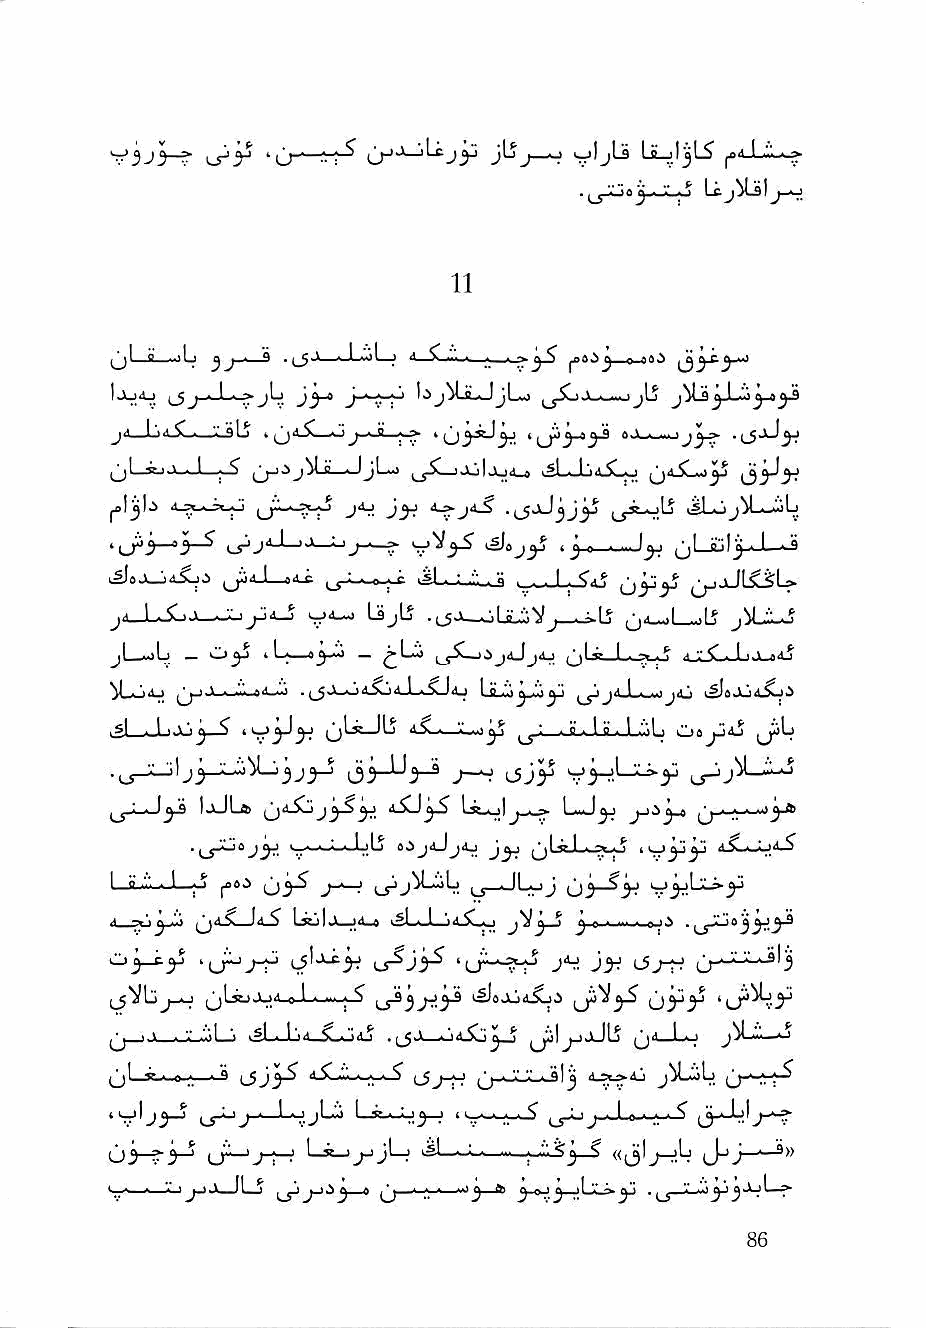
o           poi-Li^
 V3J3-?-   •(
 (^1 a ..ilj jj n *< •(_5-^—iJ_i>)L-j ^^ -■ « _ii_i_-«^
 IjoAj iJj-J—>jLj j'^ J-'-t-H J^U-JjLd Ji—w*ujIj j^Ls
 j^Lk_JjL^ u^_jJoIjj4_» kSLJjiS^j y i33^3^
 poljj).!        jAj                   iSLo   Lj
 'U^3~^3~^ t.pj''-'^'* ' 'j''~?' V^3^ '^"J^ < j 0 I^ ^j!_ajl^-J—k-S
 <^  .: ,.M.^ ._ . . I - j_yjJl£sL>
 oyi4-5  . UjL5                   jiU_J
 jL—jLj _  11 I                  I     -1 ■ I '■'
 V_ijiij                  I ii    ji_L._Mjjiii
 si . I I.>'|J "C jjLsJlj iS. . v..,}^ ^ : ■ e ■ 1 fl ■ I .aI , 1^8jj4j
 IaJLs             Iv_ol J-/-S' L—J^ ^^.,11, . ^y&
 I—a . J—o ja60 (j^ j-^ (jj ,_j—JLyJ
 •* 7^'J -■' lj8j| > M a i?l ■ 1 \iS.M ^ e,> ■I...0.O
 cj^y  'ij^^       Ls^Ji^ '(jr-'-?i^ j^ 1-5j-r? (>*-^^^'3
 ijVbj-o                                 'Lf'^y
 ^ . 1 . •; .'.'il 'i |Sl_._Lj4 5Lo<i3 . Jl—^J d.^ 1^1 jjjJlS rl_l . 1 j^Li—1-1
 (jLy-.-o.;; ■ ** (J j_5j-o ^j.._'.'_'^.J|j d-^dj ^j-'-M-^
 4i^lj^_J ^_y^J . I . 1 jL^ I, sr..,,: 1 j—j 4!_ .-i-i-i^ j ■ \ a ■ ■ ■ ^
 03-^3-^ a^J-^-•_^j ^ ^ ■ ^jl—j 'i^M1 ■ : ■ «j3Ij-jIj J-'j—
 j^^ ey-jLx^jj . ^ ^ J-j I—»
 d^L3